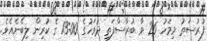
ފުރުސަތު މިމަހު 26 ވާ ބުރާސްފަތި ދުވަހުގެ 13:00 ގެ ކުރިން ލިބޭނެއެވެ.